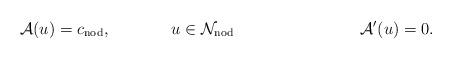
LaTeX: \begin{align*} \mathcal{A} (u) &= c_{\mathrm{nod}}, & u &\in \mathcal{N}_{\mathrm{nod}}& && \mathcal{A}'(u) &= 0 .\end{align*}